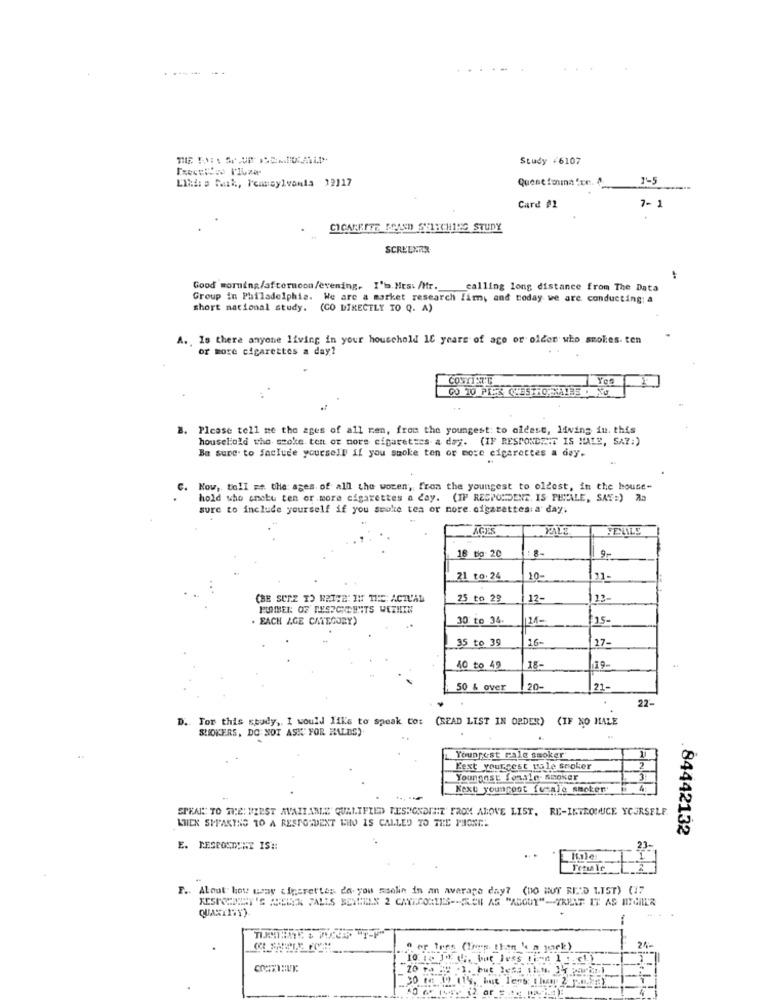
----
Study +6107
Questionmna for.
Llidie Maik, Pennsylvania 12117
7- 1
Card #1
CIGARETTE KOAND STITCHING STUDY
SCREENER
Good morning/afternoon/evening, I'm.Hrs: /Mr. calling long distance from The Data
Group in Philadelphia. We are a market research fim, and today we are conducting: a
short national study. (CO DIRECTLY TO Q. A)
A. Is there anyone living in your household 10 years of age or older who smokes. ten
or more cigarettes a day?
CONTINT'G
Yes
1."
2. Please tell me the ages of all ren, from the youngest: to oldest, living in. this
household who smoke. ten or more cigarettes a day. (IF RESPONDENT IS MAIS, SAY:)
Be sure. to Saciude yoursell if you smoke ton or more cigarettes a day.
C. Kow, toll me the ages. of all the woren, from the youngest to oldest, in the house-
hold who sneku ten or more cigarettes a day. (IP RESPONDENT, IS PHTALE, SAT:) Ra
sure to include yourself if you seuke tea or more cigarettes: a day;
AGES
PALE
FEMALE
16 to 20
: 8-
21 to.24
10-
31-
(BE SURE TO HATTE: IN THE ACTUAL
25 to 29
12-
22-
. EACH AGE CATEGORY)
30 to 34.
21-
15-
35 to 39
16-
17-
40 to 49
18-
19-
50 & over
120-
21-
22-
D. For this study ,, I would like to speak to: (SEAD LIST IN ORDER) (IF NO MALE
SUOKERS, DO NOT ASK FOR MALDS)
1
Youngest pale smoker"
Eext yourcest uale smoker
2
Youngest fossle. smoker
3
Kext younroot fueal'e smoker'
STEALS TO THE: MIEST AVAILABLE QUALIFIED TESHONDENT FROM ABOVE LIST. RE-INTRODUCE YOURSELF
KIEK SPEAKING 10 A RESPONDENT WINO IS CALLED TO THE PHONE!
84442132
E. RESPONDENT IS !!
.. .
F .. Alout how way cigarettes da. you msolin in an average day? (DO HOY RED LIST) (17
KESICHEINY'S WHERE FALLS BEYLIEN 2 CATEGORIES -- TEN AS "ABOUT"-TREAF IT AS HIGILL'S
QUANTITY).
" er Ires (linen then " a york)